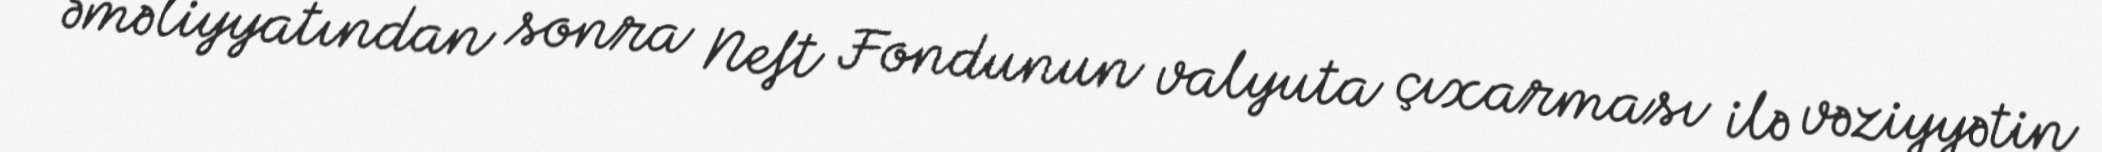
əməliyyatından sonra Neft Fondunun valyuta çıxarması ilə vəziyyətin